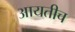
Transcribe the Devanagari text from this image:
आयतीच